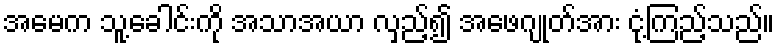
အမေက သူ့ခေါင်းကို အသာအယာ လှည့်၍ အဖေဂျုတ်အား ငုံ့ကြည့်သည်။